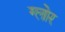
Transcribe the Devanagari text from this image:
ग्लोर